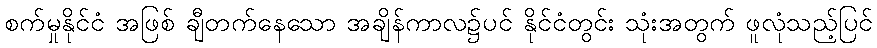
စက်မှုနိုင်ငံ အဖြစ် ချီတက်နေသော အချိန်ကာလ၌ပင် နိုင်ငံတွင်း သုံးအတွက် ဖူလုံသည့်ပြင်